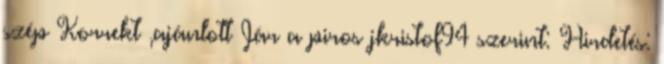
szép Korrekt ,ajánlott Jár a piros jkristof94 szerint: Hirdetés: